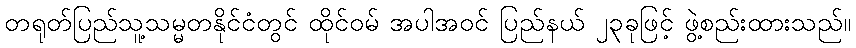
တရုတ်ပြည်သူ့သမ္မတနိုင်ငံတွင် ထိုင်ဝမ် အပါအဝင် ပြည်နယ် ၂၃ခုဖြင့် ဖွဲ့စည်းထားသည်။